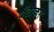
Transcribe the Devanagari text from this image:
बँटाकर